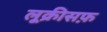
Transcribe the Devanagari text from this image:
लूक्रीसफ़